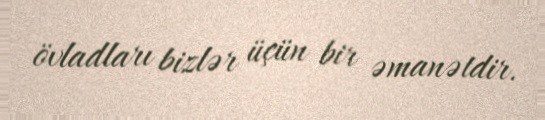
övladları bizlər üçün bir əmanətdir.